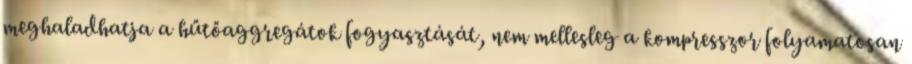
meghaladhatja a hűtőaggregátok fogyasztását, nem mellesleg a kompresszor folyamatosan